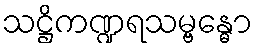
သဋ္ဌိကဏ္ဍရသမ္ဗန္ဓော